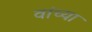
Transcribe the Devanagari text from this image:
वांच्या